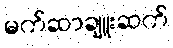
မက်ဆာချူးဆက်